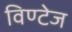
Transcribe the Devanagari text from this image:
विण्टेज